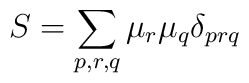
S =  \sum_{p,r,q} \mu_r \mu_q \delta_{prq}